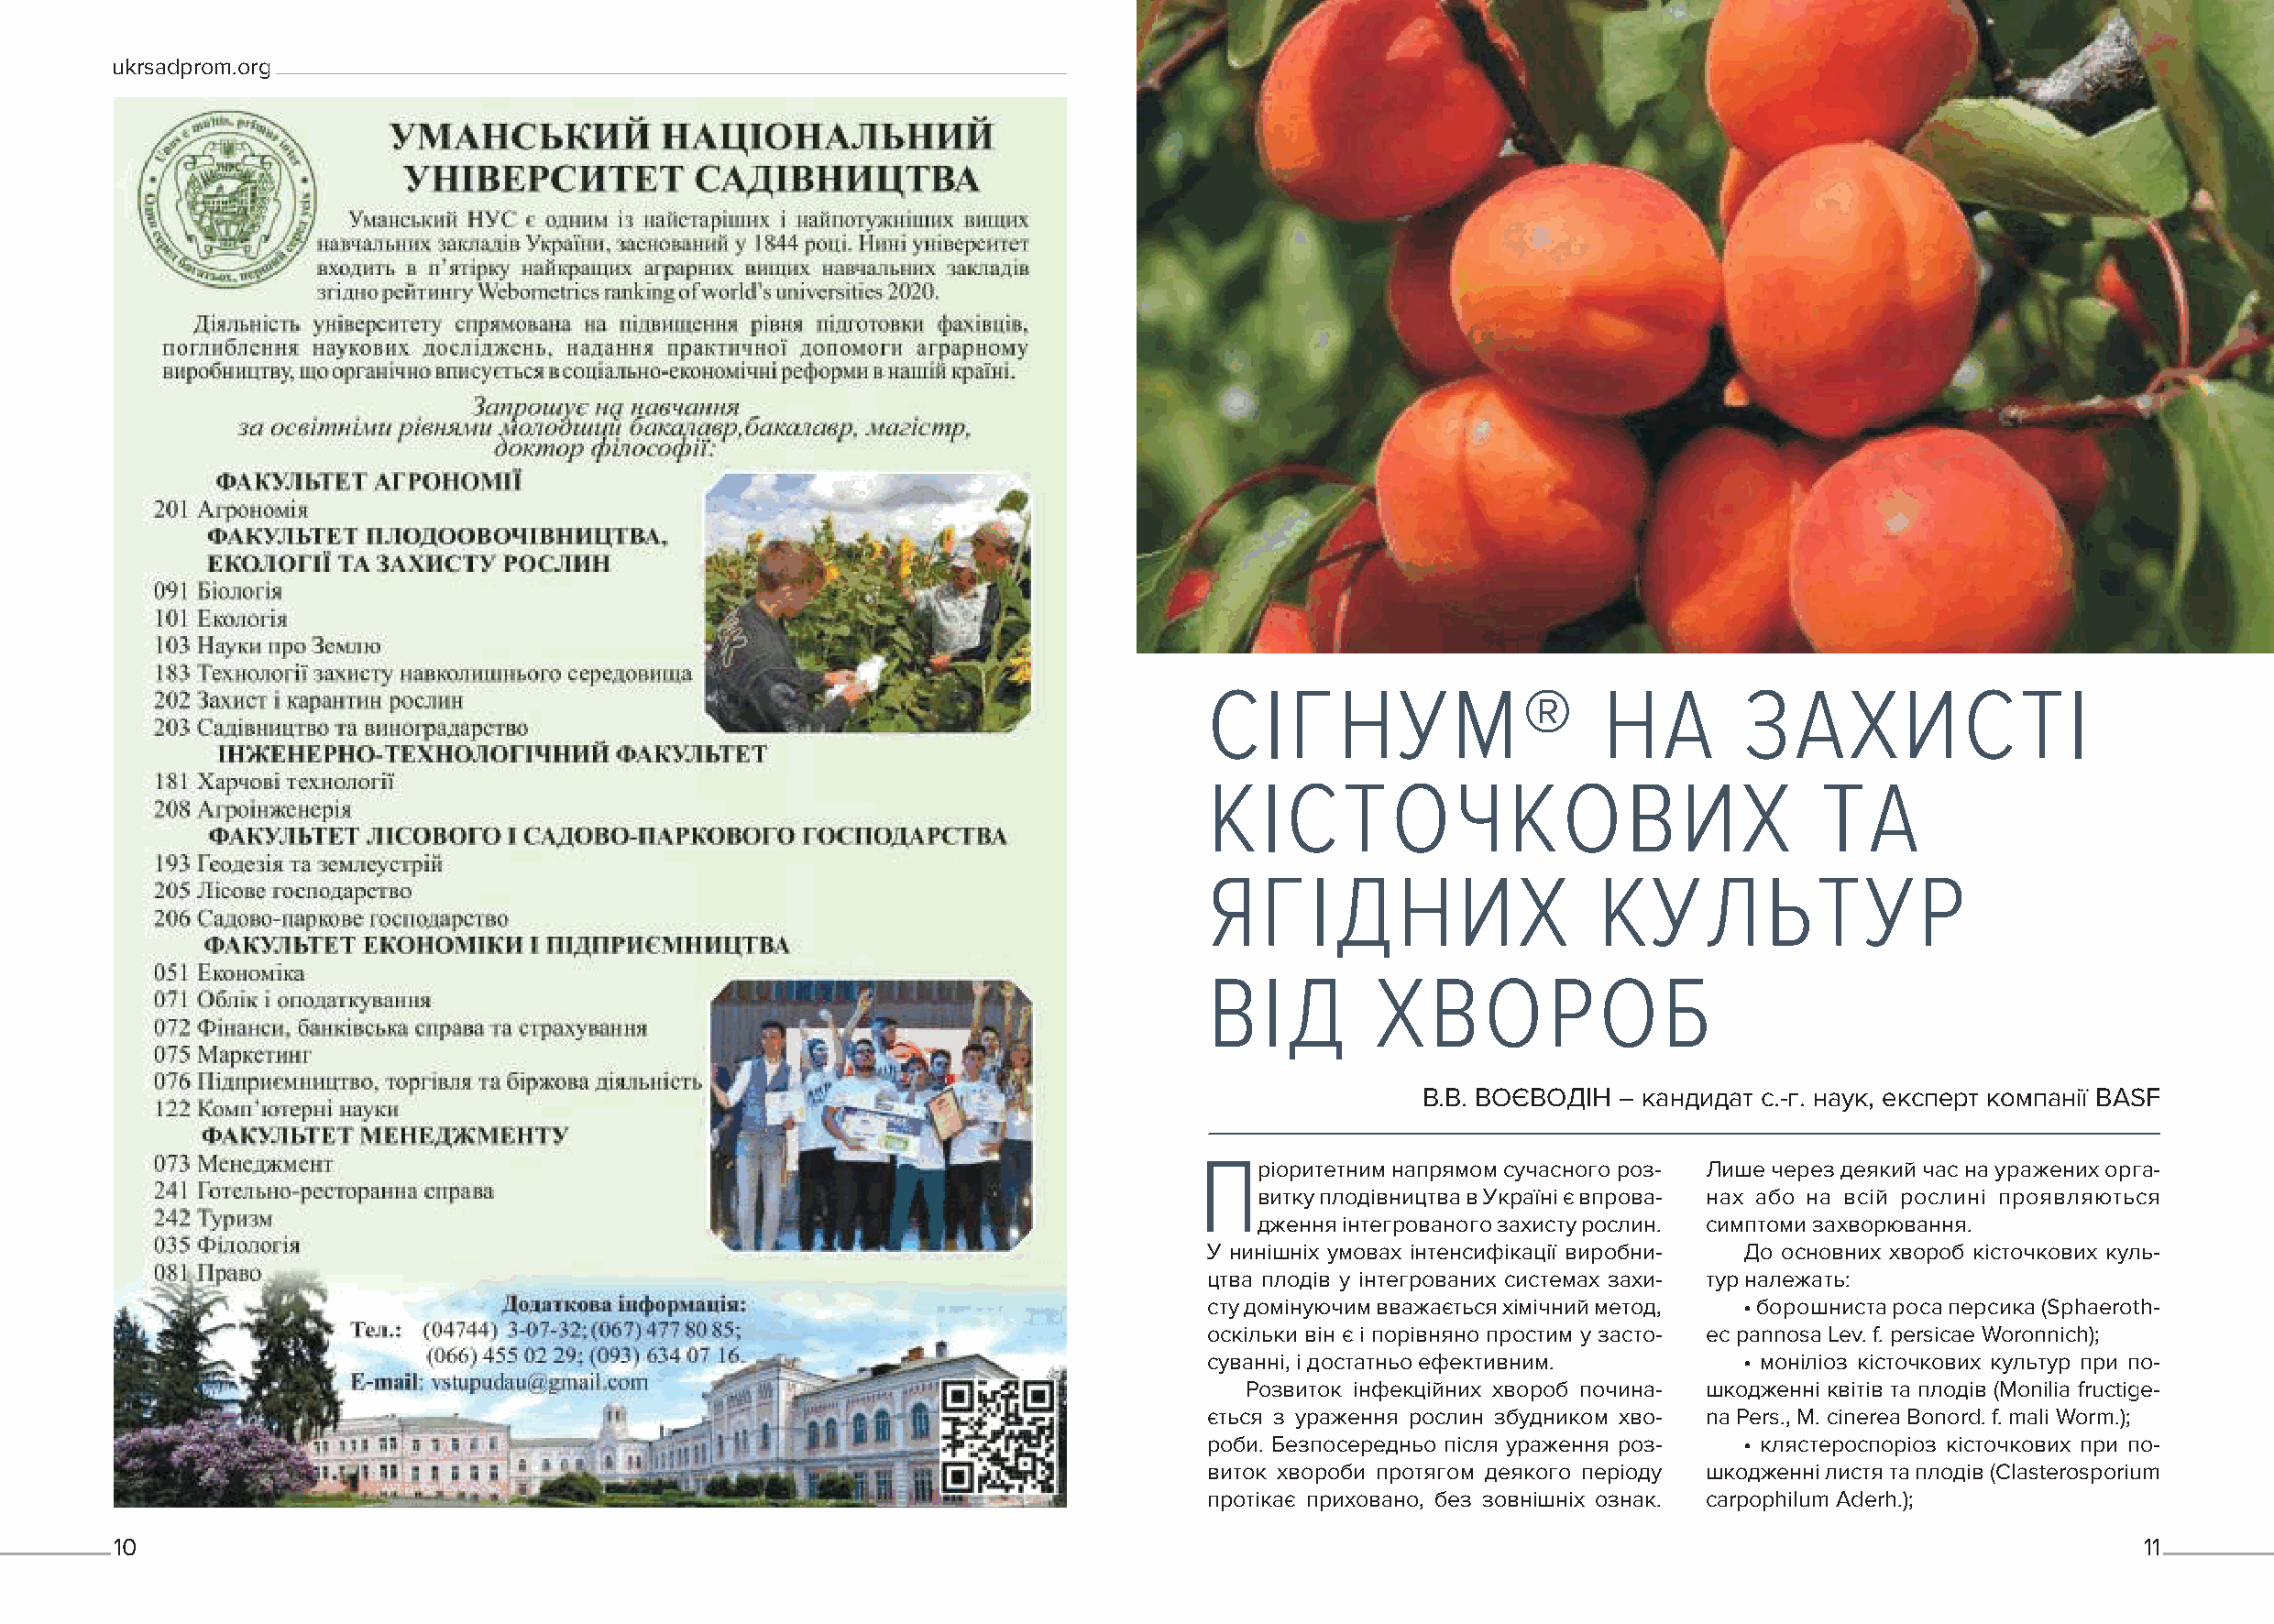
ukrsadprom.org                                                                                                                           ukrsadprom.org
 СІГНУМ®                      НА        ЗАХИСТІ
 КІСТОЧКОВИХ                                 ТА
 ЯГІДНИХ                     КУЛЬТУР
 ВІД         ХВОРОБ
 В.В. ВОЄВОДІН – кандидат с.-г. наук, експерт компанії BASF
 П
 ріоритетним напрямом сучасного роз- Лише через деякий час на уражених орга-
 витку плодівництва в Україні є впрова- нах або на всій рослині проявляються
 дження інтегрованого захисту рослин. симптоми захворювання.
 У нинішніх умовах інтенсифікації виробни- До основних хвороб кісточкових куль-
 цтва плодів у інтегрованих системах захи- тур належать:
 сту домінуючим вважається хімічний метод, • борошниста роса персика (Sphaeroth-
 оскільки він є і порівняно простим у засто- ec pannosa Lev. f. persicae Woronnich);
 суванні, і достатньо ефективним.       • моніліоз кісточкових культур при по-
 Розвиток інфекційних хвороб почина- шкодженні квітів та плодів (Monilia fructige-
 ється з ураження рослин збудником хво- na Pers., М. сіnеrеа Bonord. f. mali Worm.);
 роби. Безпосередньо після ураження роз- • клястероспоріоз кісточкових при по-
 виток хвороби протягом деякого періоду шкодженні листя та плодів (Clasterosporium
 протікає приховано, без зовнішніх ознак. carpophilum Aderh.);
 10                                                                                                                                                 11